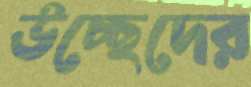
উচ্ছেদের